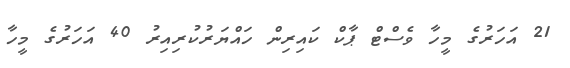
21 އަހަރުގެ މީހާ ވެސްޓް ޕާކް ކައިރިން ހައްޔަރުކުރިއިރު 40 އަހަރުގެ މީހާ